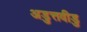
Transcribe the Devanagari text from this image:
अडुत्तवीडु